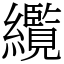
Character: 䌫